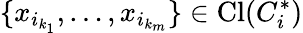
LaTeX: \{ x_{i_{k_{1}}},\dots,x_{i_{k_{m}}}\} \in\mathrm{Cl}(C_{i}^{*})